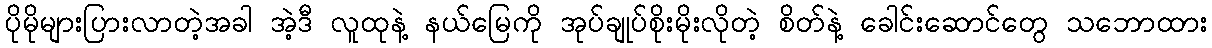
ပိုမိုများပြားလာတဲ့အခါ အဲ့ဒီ လူထုနဲ့ နယ်မြေကို အုပ်ချုပ်စိုးမိုးလိုတဲ့ စိတ်နဲ့ ခေါင်းဆောင်တွေ သဘောထား